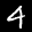
Label: 4